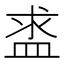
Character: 盚